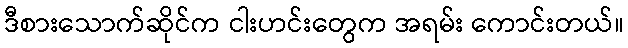
ဒီစားသောက်ဆိုင်က ငါးဟင်းတွေက အရမ်း ကောင်းတယ်။